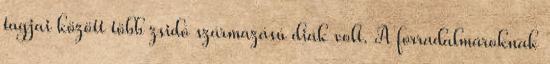
tagjai között több zsidó származású diák volt. A forradalmároknak